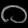
Digit: ၀